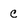
Character: c